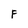
Character: F